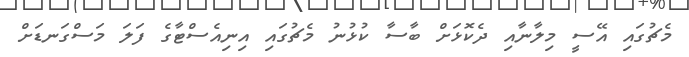
މެޗުގައި އޭސީ މިލާނާއި ދެކޮޅަށް ބާސާ ކުޅުނު މެޗުގައި އިނިއެސްޓާގެ ފަލަ މަސްގަނޑަށް